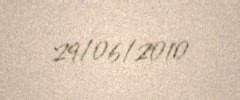
29/06/2010